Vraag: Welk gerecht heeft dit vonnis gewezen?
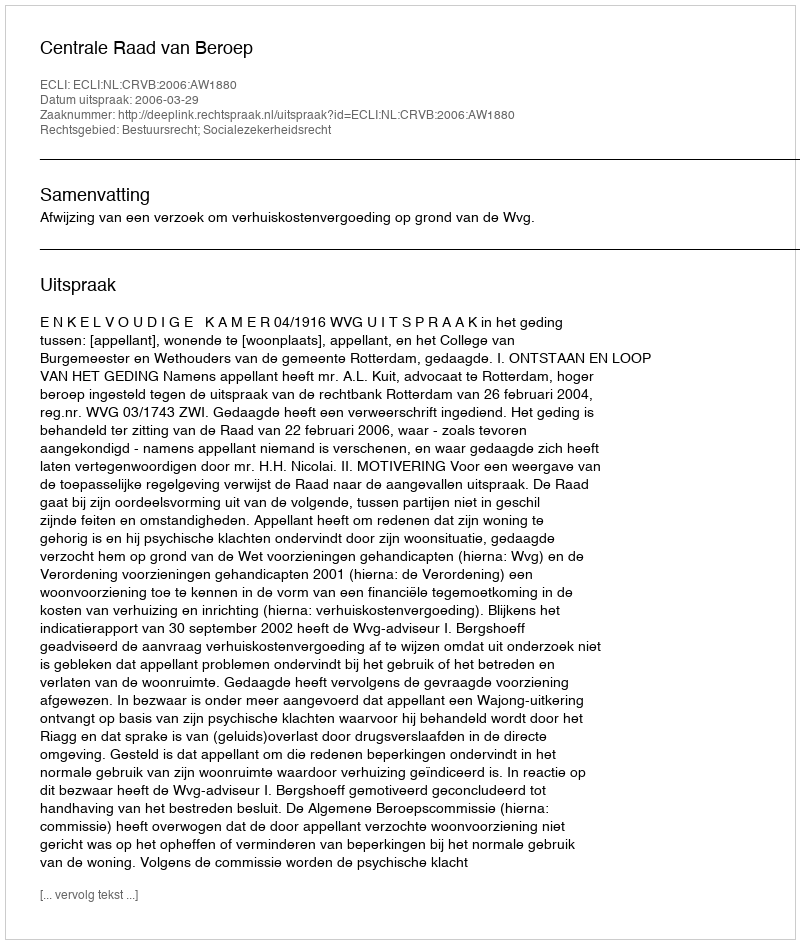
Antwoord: Centrale Raad van Beroep